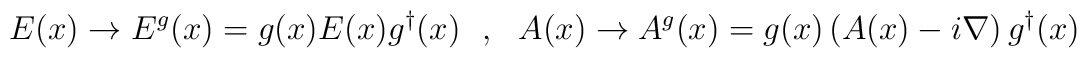
E(x)\rightarrow E^g(x)=g(x) E(x) g^{\dagger}(x)~~,~~A(x)\rightarrow A^g(x)=g(x)\left( A(x)-i\nabla\right)g^{\dagger}(x)